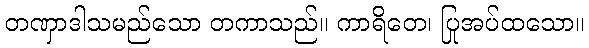
တဏှာဒါသမည်သော တကာသည်။ ကာရိတေ၊ ပြုအပ်ထသော။